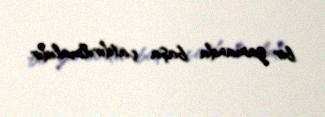
bir zamanda başa çatdırılmalıdır.